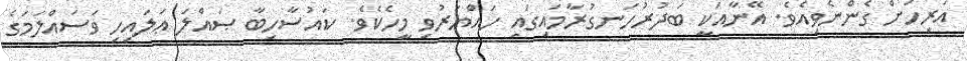
އަރިހަށް ގެންނެވިއެވެ. އޭނާއަކީ ބަދުރުހަނގުރާމައިގައި ހައްޔަރުވި މީހެކެވެ. ކައުސާހިބާ ޞައްލަ ޢަލައިހި ވަސައްލަމަގެ